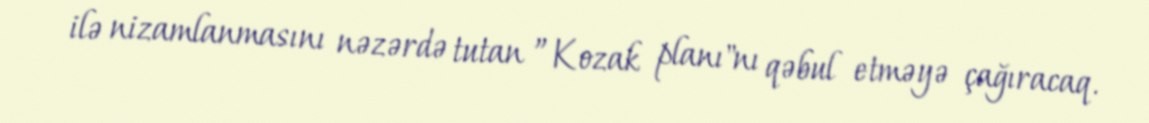
ilə nizamlanmasını nəzərdə tutan ”Kozak planı"nı qəbul etməyə çağıracaq.